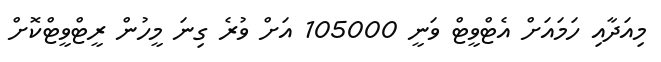
މިއަދާއި ހަމައަށް އެޓްވީޓް ވަނީ 105000 އަށް ވުރެ ގިނަ މީހުން ރީޓްވީޓްކޮށް